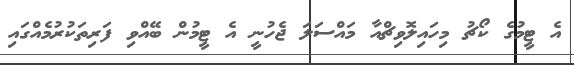
އެ ޓީމުގެ ކޯޗު މިހައިލޮވިޗްއާ މައްސަލަ ޖެހުނީ އެ ޓީމުން ބޭއްވި ފަރިތަކުރުމެއްގައި